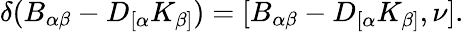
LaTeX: \delta(B_{\alpha\beta}-D_{[\alpha}K_{\beta]})=[B_{\alpha\beta}-D_{[\alpha}K_{\beta]},\nu].